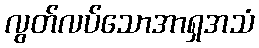
လွတ်လပ်သောအာရှအသံ